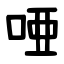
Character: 唖